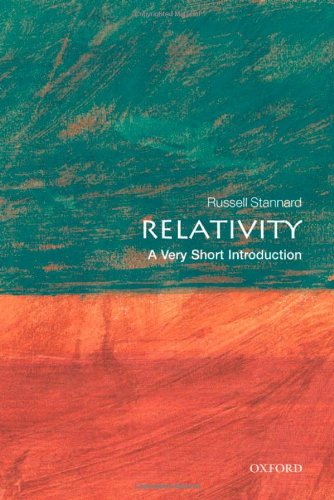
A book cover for Relativity: A Very Short Introduction; Russell Stannard; Science & Math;